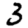
Digit: 3